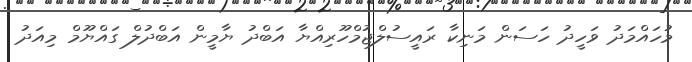
މުހައްމަދު ވަހީދު ހަސަން މަނިކާ ރައީސުލްޖުމްހޫރިއްޔާ އަބްދު ޔާމީން އަބްދުލް ގައްޔޫމް މިއަދު